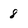
Character: 8